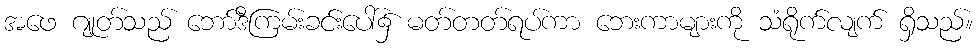
အဖေ ဂျုတ်သည် ဘော်ဒီကြမ်းခင်းပေါ်၌ မတ်တတ်ရပ်ကာ ဘေးကာများကို သံရိုက်လျက် ရှိသည်။